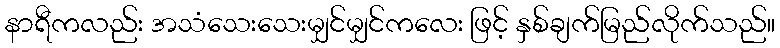
နာရီကလည်း အသံသေးသေးမျှင်မျှင်ကလေး ဖြင့် နှစ်ချက်မြည်လိုက်သည်။